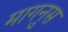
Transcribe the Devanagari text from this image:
मागनुस